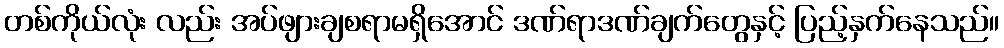
တစ်ကိုယ်လုံး လည်း အပ်ဖျားချစရာမရှိအောင် ဒဏ်ရာဒဏ်ချက်တွေနှင့် ပြည့်နှက်နေသည်။